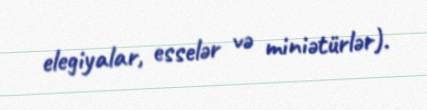
elegiyalar, esselər və miniətürlər).